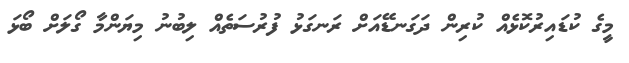
މީގެ ކުޑައިރުކޮޅެއް ކުރިން ދަގަނޑޭއަށް ރަނގަޅު ފުރުސަތެއް ލިބުނު މިޔަންމާ ގޯލަށް ބޯޅަ